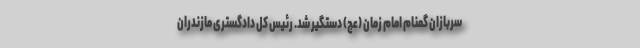
سربازان گمنام امام زمان (عج) دستگیر شد. رئیس کل دادگستری مازندران